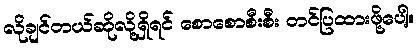
လိုချင်တယ်ဆိုလို့ရှိရင် စောစောစီးစီး တင်ပြထားဖို့ပေါ့။